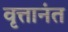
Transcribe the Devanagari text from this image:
वृत्तानंत